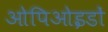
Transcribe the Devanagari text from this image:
ओपिओइडों